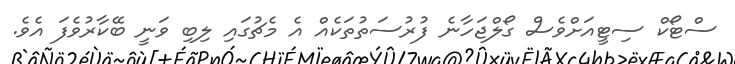
ސްޓޯކް ސިޓީއަށްވެސް ގޯލްޖަހާނެ ފުރުސަތުތަކެއް އެ މެޗުގައި ލިބި ވަނީ ބޭކާރުވެފަ އެވެ.